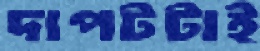
দাপটটাই